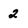
Character: 2